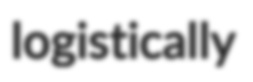
logistically